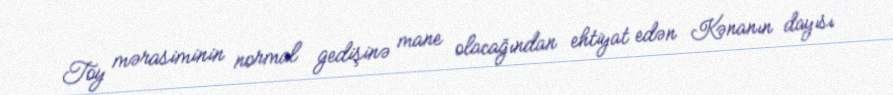
Toy mərasiminin normal gedişinə mane olacağından ehtiyat edən Kənanın dayısı